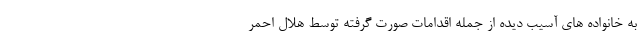
به خانواده های آسیب دیده از جمله اقدامات صورت گرفته توسط هلال احمر